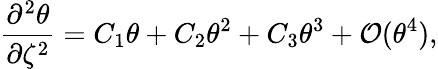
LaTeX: \frac{\partial^{2}\theta}{\partial\zeta^{2}}=C_{1}\theta+C_{2}\theta^{2}+C_{3}\theta^{3}+\mathcal{O}(\theta^{4}),